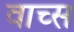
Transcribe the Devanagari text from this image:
वाच्स